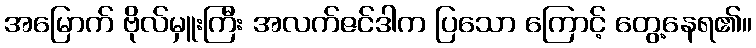
အမြောက် ဗိုလ်မှူးကြီး အလက်ဇင်ဒါက ပြသော ကြောင့် တွေ့နေရ၏။